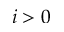
i > 0